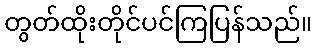
တွတ်ထိုးတိုင်ပင်ကြပြန်သည်။